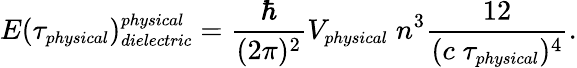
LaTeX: E(\tau_{\small physical})_{\small dielectric}^{\small physical}={\frac{\hbar}{(2\pi)^{2}}}V_{\small physical}\; n^{3}{\frac{12}{(c\; \tau_{\small physical})^{4}}}.